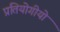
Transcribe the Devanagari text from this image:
प्रतियोगीयो